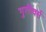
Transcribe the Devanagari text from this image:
गुलीवर्स